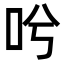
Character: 𠯋